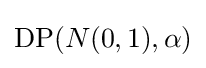
\operatorname {DP} (N(0,1),\alpha )